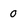
Character: 0